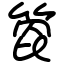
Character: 箆